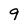
Character: 9